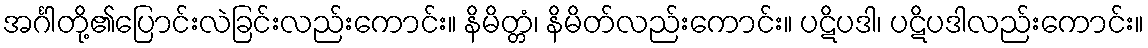
အင်္ဂါတို့၏ပြောင်းလဲခြင်းလည်းကောင်း။ နိမိတ္တံ၊ နိမိတ်လည်းကောင်း။ ပဋိပဒါ၊ ပဋိပဒါလည်းကောင်း။